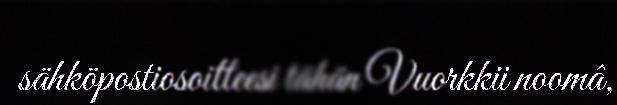
sähköpostiosoitteesi tähän Vuorkkii noomâ,